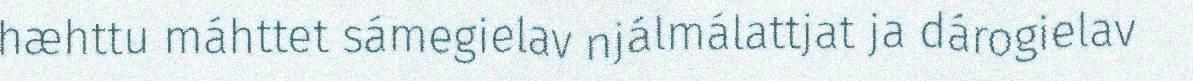
hæhttu máhttet sámegielav njálmálattjat ja dárogielav